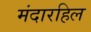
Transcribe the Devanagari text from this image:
मंदारहिल